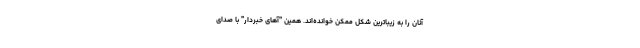
آنان را به زیباترین شکل ممکن خوانده‌اند. همین "آهای خبردار" با صدای